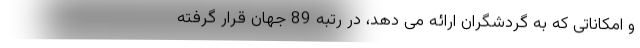
و امکاناتی که به گردشگران ارائه می دهد، در رتبه 89 جهان قرار گرفته